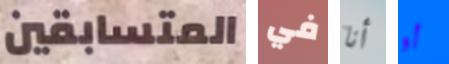
المتسابقين في أنا أو